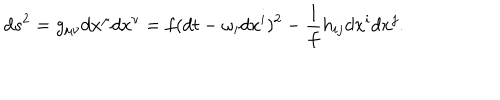
d s ^ { 2 } = g _ { \mu \nu } d x ^ { \mu } d x ^ { \nu } = f ( d t - \omega _ { i } d x ^ { i } ) ^ { 2 } - \frac { 1 } { f } h _ { i j } d x ^ { i } d x ^ { j } .